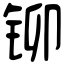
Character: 铆